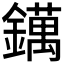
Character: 𨭬